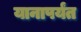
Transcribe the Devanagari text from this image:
यानापर्यंत